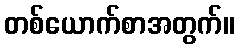
တစ်ယောက်စာအတွက်။